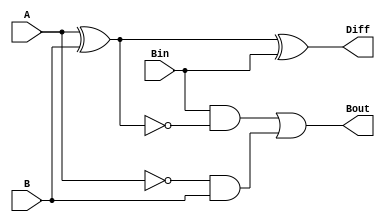
module FS_design(
    input A,
    input B,
    input Bin,
    output Diff,
    output Bout
    );
    wire w1, w2, w3, w4, w5;
    xor (w1, A, B);
    xor (Diff, w1, Bin);
    not (w2, w1);
    and (w3, Bin, w2);
    not (w4, A);
    and (w5, w4, B);
    or (Bout, w3, w5);
    
endmodule